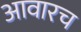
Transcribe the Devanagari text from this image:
आवारच